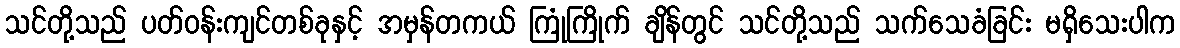
သင်တို့သည် ပတ်ဝန်းကျင်တစ်ခုနှင့် အမှန်တကယ် ကြုံကြိုက် ချိန်တွင် သင်တို့သည် သက်သေခံခြင်း မရှိသေးပါက